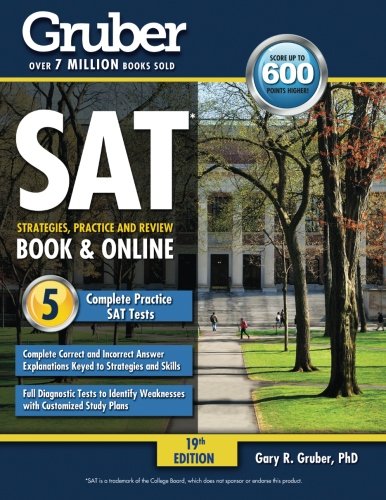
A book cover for Gruber's Complete SAT Guide 2016; Gary Gruber; Test Preparation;